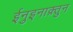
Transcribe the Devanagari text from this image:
ईनुइनाक़्तुन